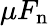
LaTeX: \mu F_{\mathrm{n}}